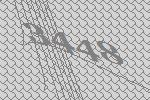
3448